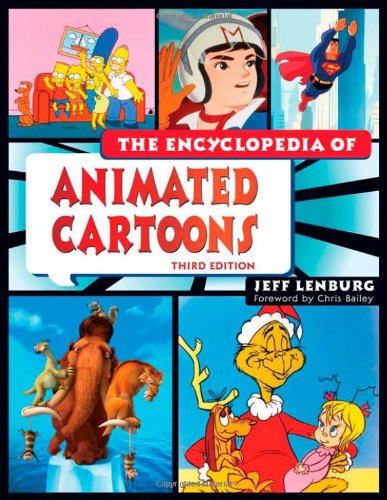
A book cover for The Encyclopedia of Animated Cartoons; Jeff Lenburg; Humor & Entertainment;